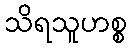
သိရသူဟစ္စ